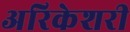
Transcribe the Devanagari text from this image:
अरिकेशरी